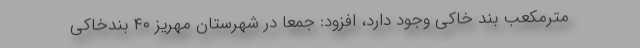
مترمکعب بند خاکی وجود دارد، افزود: جمعاً در شهرستان مهریز ۴۰ بندخاکی